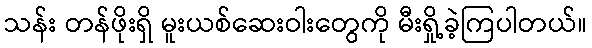
သန်း တန်ဖိုးရှိ မူးယစ်ဆေးဝါးတွေကို မီးရှို့ခဲ့ကြပါတယ်။